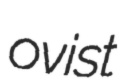
ovist